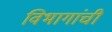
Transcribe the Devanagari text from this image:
विभागांंची